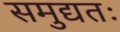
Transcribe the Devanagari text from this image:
समुद्यतः